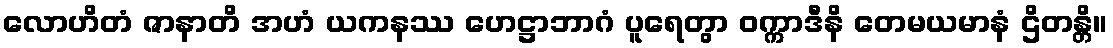
လောဟိတံ ဇာနာတိ အဟံ ယကနဿ ဟေဋ္ဌာဘာဂံ ပူရေတွာ ဝက္ကာဒီနိ တေမယမာနံ ဌိတန္တိ။